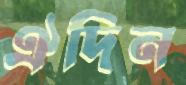
ঐদিন